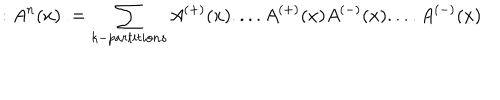
LaTeX: : A ^ { n } ( x ) : = \sum _ { k - p a r t i t i o n s } A ^ { \left( + \right) } ( x ) . . . . A ^ { \left( + \right) } ( x ) A ^ { \left( - \right) } ( x ) . . . . A ^ { \left( - \right) } ( x )